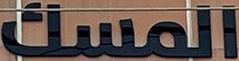
المسك